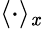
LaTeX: \langle\cdot\rangle_{\mathit{x}}